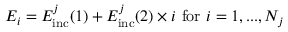
E _ { i } = E _ { \mathrm { i n c } } ^ { j } ( 1 ) + E _ { \mathrm { i n c } } ^ { j } ( 2 ) \times i \ \mathrm { f o r } \ i = 1 , . . . , N _ { j }